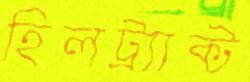
হিলট্র্যাক্ট